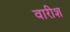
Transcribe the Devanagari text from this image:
वारीश